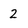
Character: 2